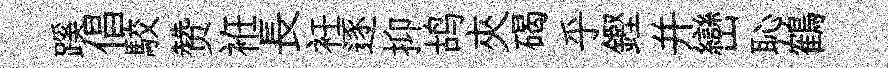
蹊倡駮赞袵長衽逐抑鸪夾碣乎鏗并巒恥鶴